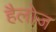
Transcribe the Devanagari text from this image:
हैलोज